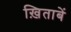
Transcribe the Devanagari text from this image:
ख़िताबें